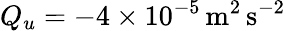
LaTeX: Q_{u}=-4\times 10^{-5}\, \mathrm{m^{2}\, s^{-2}}